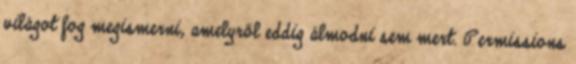
világot fog megismerni, amelyről eddig álmodni sem mert. Permissions